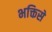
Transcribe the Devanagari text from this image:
भक्तिसे